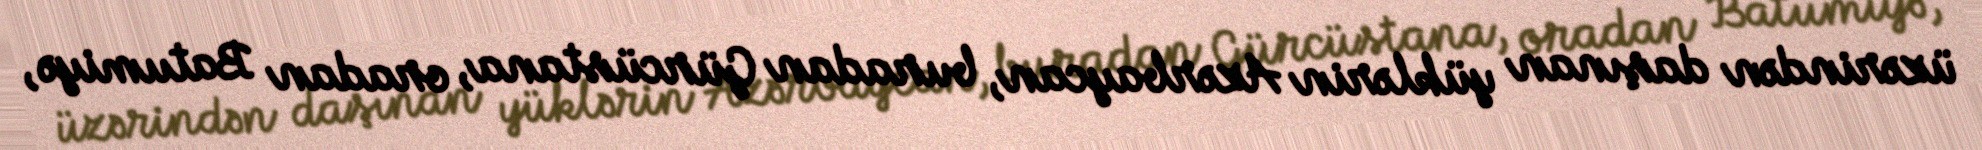
üzərindən daşınan yüklərin Azərbaycan, buradan Gürcüstana, oradan Batumiyə,